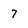
Character: 7